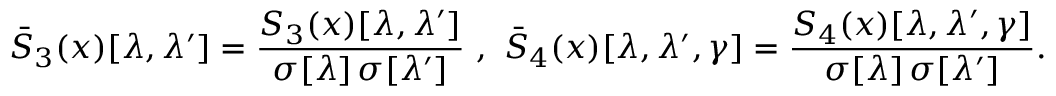
\bar { S } _ { 3 } ( x ) [ \lambda , \lambda ^ { \prime } ] = \frac { S _ { 3 } ( x ) [ \lambda , \lambda ^ { \prime } ] } { \sigma [ \lambda ] \, \sigma [ \lambda ^ { \prime } ] } ~ , ~ \bar { S } _ { 4 } ( x ) [ \lambda , \lambda ^ { \prime } , \gamma ] = \frac { S _ { 4 } ( x ) [ \lambda , \lambda ^ { \prime } , \gamma ] } { \sigma [ \lambda ] \, \sigma [ \lambda ^ { \prime } ] } .